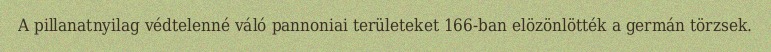
A pillanatnyilag védtelenné váló pannoniai területeket 166-ban elözönlötték a germán törzsek.